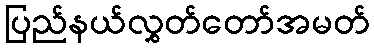
ပြည်နယ်လွှတ်တော်အမတ်